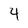
Character: 4